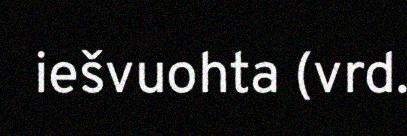
iešvuohta (vrd.